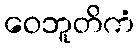
ဝေဘူတိကံ